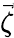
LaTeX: \vec{\zeta}